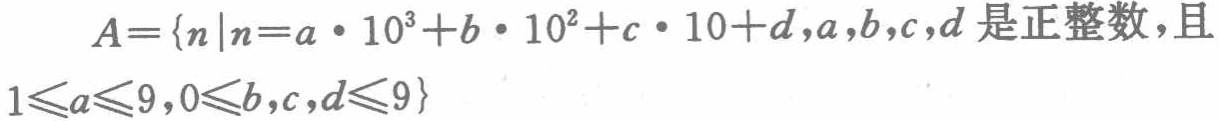
\[
A = \{n|n = a\cdot10^{3}+b\cdot10^{2}+c\cdot10 + d,a,b,c,d\text{ 是正整数，且 }1\leqslant a\leqslant9,0\leqslant b,c,d\leqslant9\}
\]